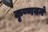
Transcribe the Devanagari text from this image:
कृष्णवनं